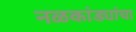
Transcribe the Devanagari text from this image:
नळकांड्यांचा